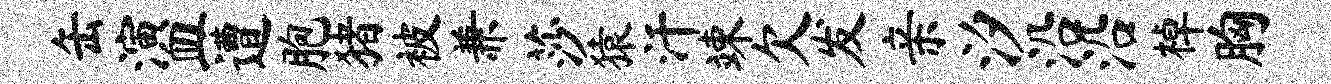
缶演皿遭胞猪被兼莎猿汗竦欠发亲汐沿沿棹胸